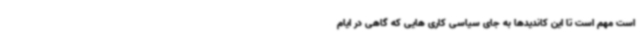
است مهم است تا این کاندیدها به جای سیاسی کاری هایی که گاهی در ایام